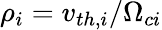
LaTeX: \rho_{i}=v_{th,i}/\Omega_{ci}